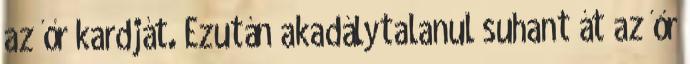
az őr kardját. Ezután akadálytalanul suhant át az őr